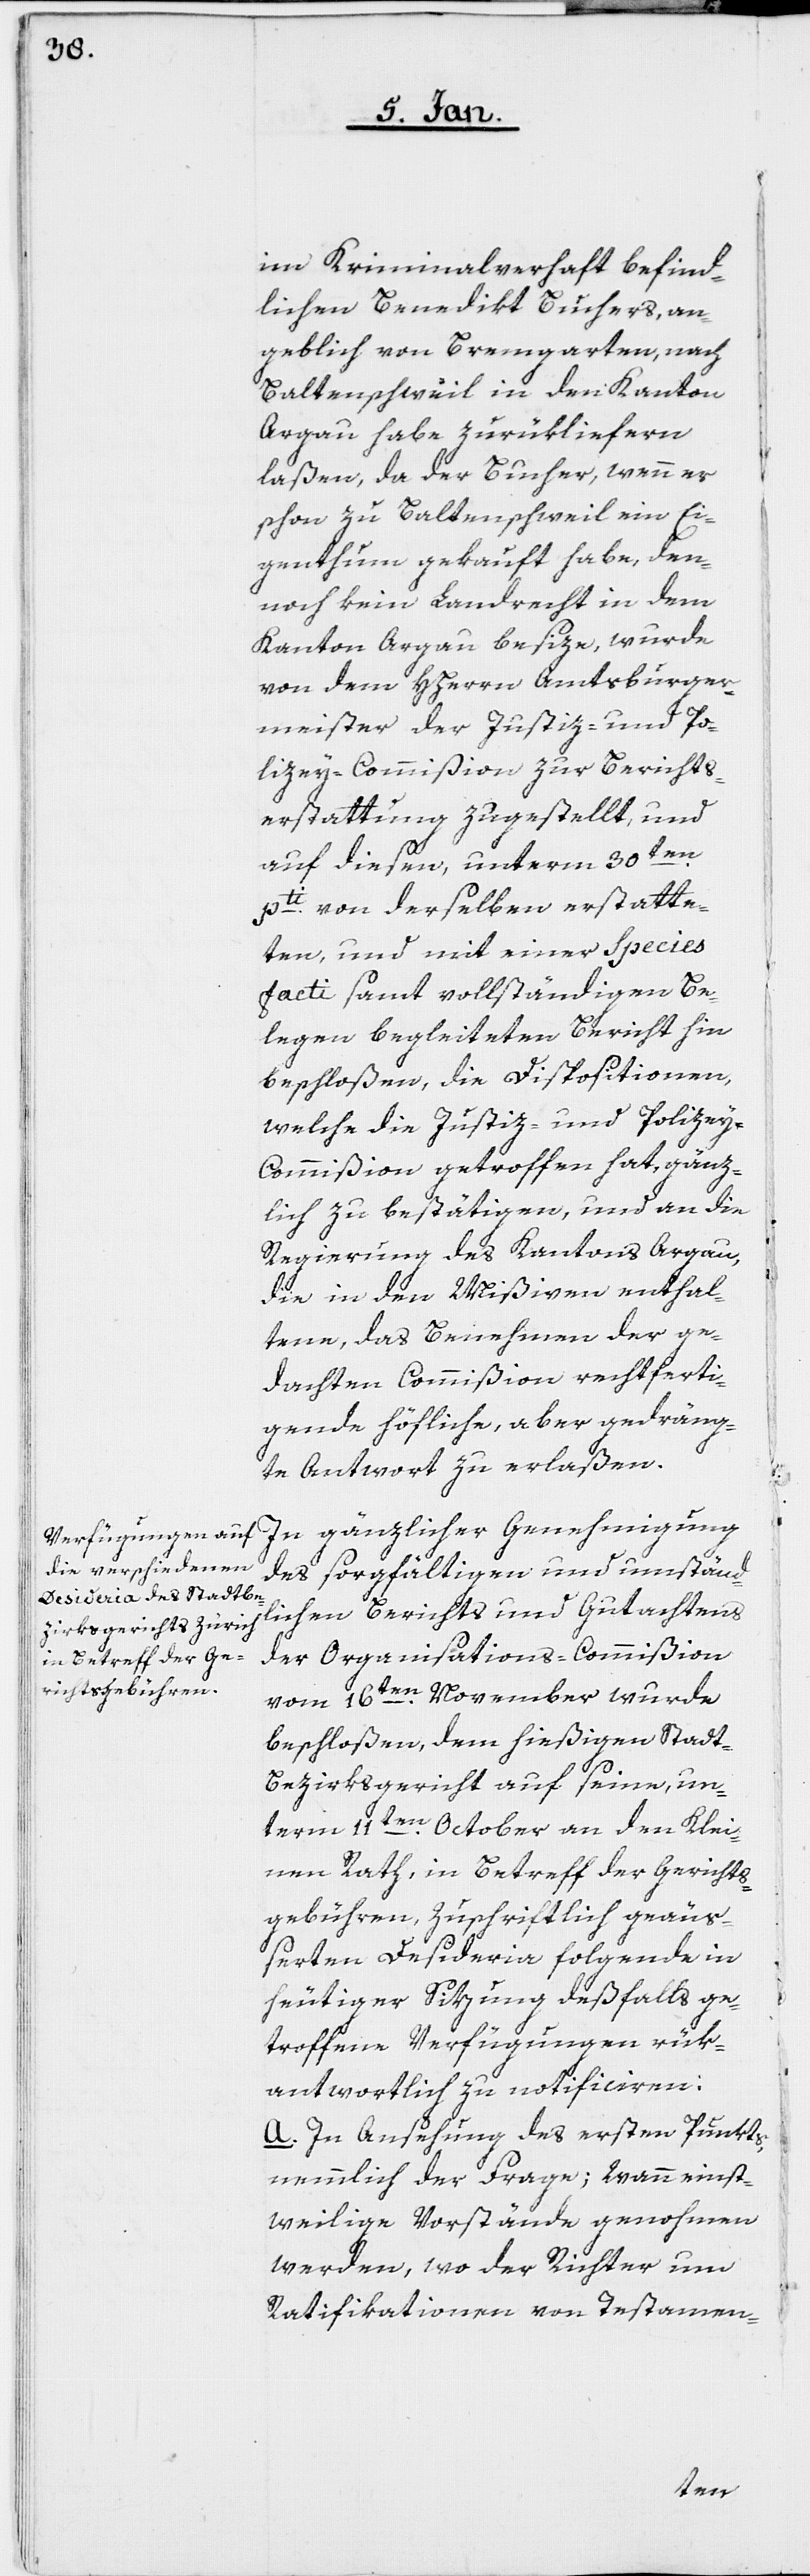
im Kriminalverhaft befind¬
lichen Benedikt Buchers, an¬
geblich von Bremgarten, nach
Baltenschweil in den Kanton
Argau habe zurükliefern
laßen, da der Bucher, wenn er
schon zu Baltenschweil ein Ei¬
genthum gekauft habe, den¬
noch kein Landrecht in dem
Kanton Argau besize, wurde
von dem HHerrn Amtsburger¬
meister der Justiz- und Po¬
lizey-Commißion zur Berichts¬
erstattung zugestellt, und
auf diesen, unterm 30sten
pti. von derselben erstatte¬
ten, und mit einer Species
facti samt vollständigen Be¬
legen begleiteten Bericht hin
beschloßen, die Dispositionen,
welche die Justiz- und Polize¬
y-Commißion getroffen hat, gänz¬
lich zu bestätigen, und an die
Regierung des Kantons Argau,
die in den Mißiven enthal¬
tene, das Benehmen der ge¬
dachten Commißion rechtferti¬
gende höfliche, aber gedräng¬
te Antwort zu erlaßen.
In gänzlicher Genehmigung
des sorgfältigen und umständ¬
lichen Berichts und Gutachtens
der Organisations-Commißion
vom 16ten November wurde
beschloßen, dem hießigen Stadt-B¬
ezirksgericht auf seine, un¬
term 11ten October an den Klei¬
nen Rath, in Betreff der Gerichts¬
gebühren, zuschriftlich geäuß¬
erten Desideria folgende in
heutiger Sitzung deßfalls ge¬
troffene Verfügungen rük¬
antwortlich zu notifizieren:
a. In Ansehung des ersten Punkts,
nemmlich der Frage; wann einst¬
weilige Vorstände genohmen
werden, wo der Richter um
Ratificationen von Testamen-